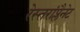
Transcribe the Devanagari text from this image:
रेस्तरांप्लैनेट